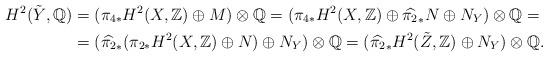
LaTeX: \begin{align*}H^2(\tilde Y, \mathbb Q)&=(\pi_{4*}H^2(X, \mathbb Z)\oplus M)\otimes\mathbb Q=(\pi_{4*}H^2(X, \mathbb Z)\oplus\widehat{\pi_{2}}_*N\oplus N_Y)\otimes\mathbb Q=\\ &=(\widehat{\pi_{2}}_*(\pi_{2*}H^2(X, \mathbb Z)\oplus N)\oplus N_Y)\otimes\mathbb Q=(\widehat{\pi_{2}}_*H^2(\tilde Z, \mathbb Z)\oplus N_Y)\otimes\mathbb Q.\end{align*}